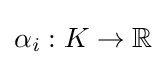
\textstyle \alpha _{i}:K\to \mathbb {R}